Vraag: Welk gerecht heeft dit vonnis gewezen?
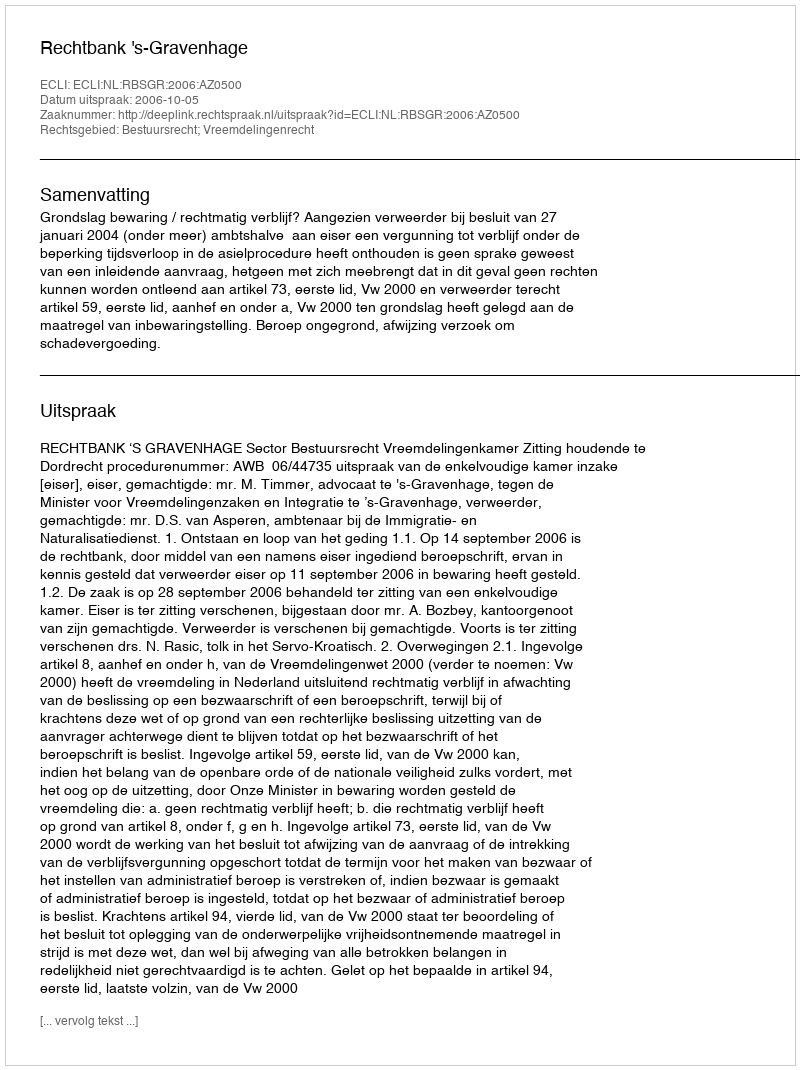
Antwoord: Rechtbank 's-Gravenhage